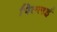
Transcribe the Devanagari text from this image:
पिल्‍लई